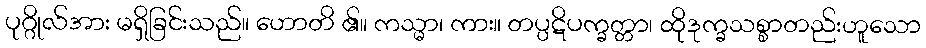
ပုဂ္ဂိုလ်အား မရှိခြင်းသည်။ ဟောတိ ၏။ ကသ္မာ၊ ကား။ တပ္ပဋိပက္ခတ္တာ၊ ထိုဒုက္ခသစ္စာတည်းဟူသော